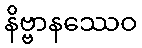
နိဗ္ဗာနဿေဝ